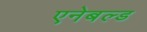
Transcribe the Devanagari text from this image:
एनेबल्‍ड